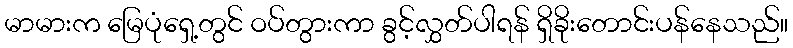
မာမားက မြေပုံရှေ့တွင် ဝပ်တွားကာ ခွင့်လွှတ်ပါရန် ရှိခိုးတောင်းပန်နေသည်။